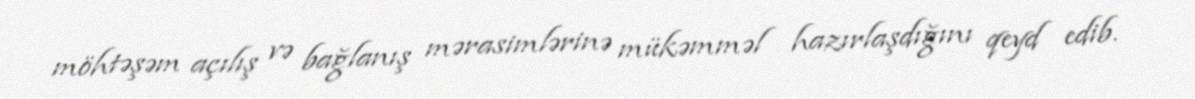
möhtəşəm açılış və bağlanış mərasimlərinə mükəmməl hazırlaşdığını qeyd edib.